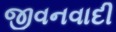
જીવનવાદી